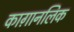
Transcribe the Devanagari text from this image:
काग़ानलिक